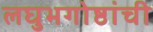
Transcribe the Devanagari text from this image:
लघुभगोष्ठांची